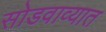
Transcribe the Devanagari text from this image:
सोडवाव्यात